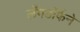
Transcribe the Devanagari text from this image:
लँगडॉर्फने